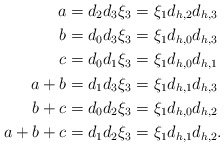
\begin{align*} a &= d_2 d_3\xi_3 = \xi_1 d_{h,2} d_{h,3}\\ b &= d_0 d_3\xi_3 = \xi_1 d_{h,0} d_{h,3}\\ c &= d_0 d_1 \xi_3 = \xi_1 d_{h,0}d_{h,1} \\ a + b &= d_1 d_3\xi_3 = \xi_1 d_{h,1} d_{h,3}\\ b + c &= d_0 d_2\xi_3 = \xi_1 d_{h,0} d_{h,2}\\ a + b +c &= d_1 d_2\xi_3 = \xi_1 d_{h,1} d_{h,2}. \end{align*}